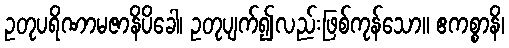
ဥတုပရိဏာမဇာနိပိခေါ၊ ဥတုပျက်၍လည်းဖြစ်ကုန်သော။ ဧကစ္စာနိ၊